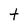
Character: t